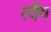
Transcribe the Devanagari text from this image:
त्वैष